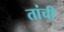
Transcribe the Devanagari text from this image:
तांची